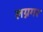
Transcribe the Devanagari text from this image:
लग्नगर